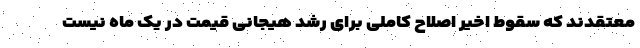
معتقدند که سقوط اخیر اصلاح کاملی برای رشد هیجانی قیمت در یک ماه نیست